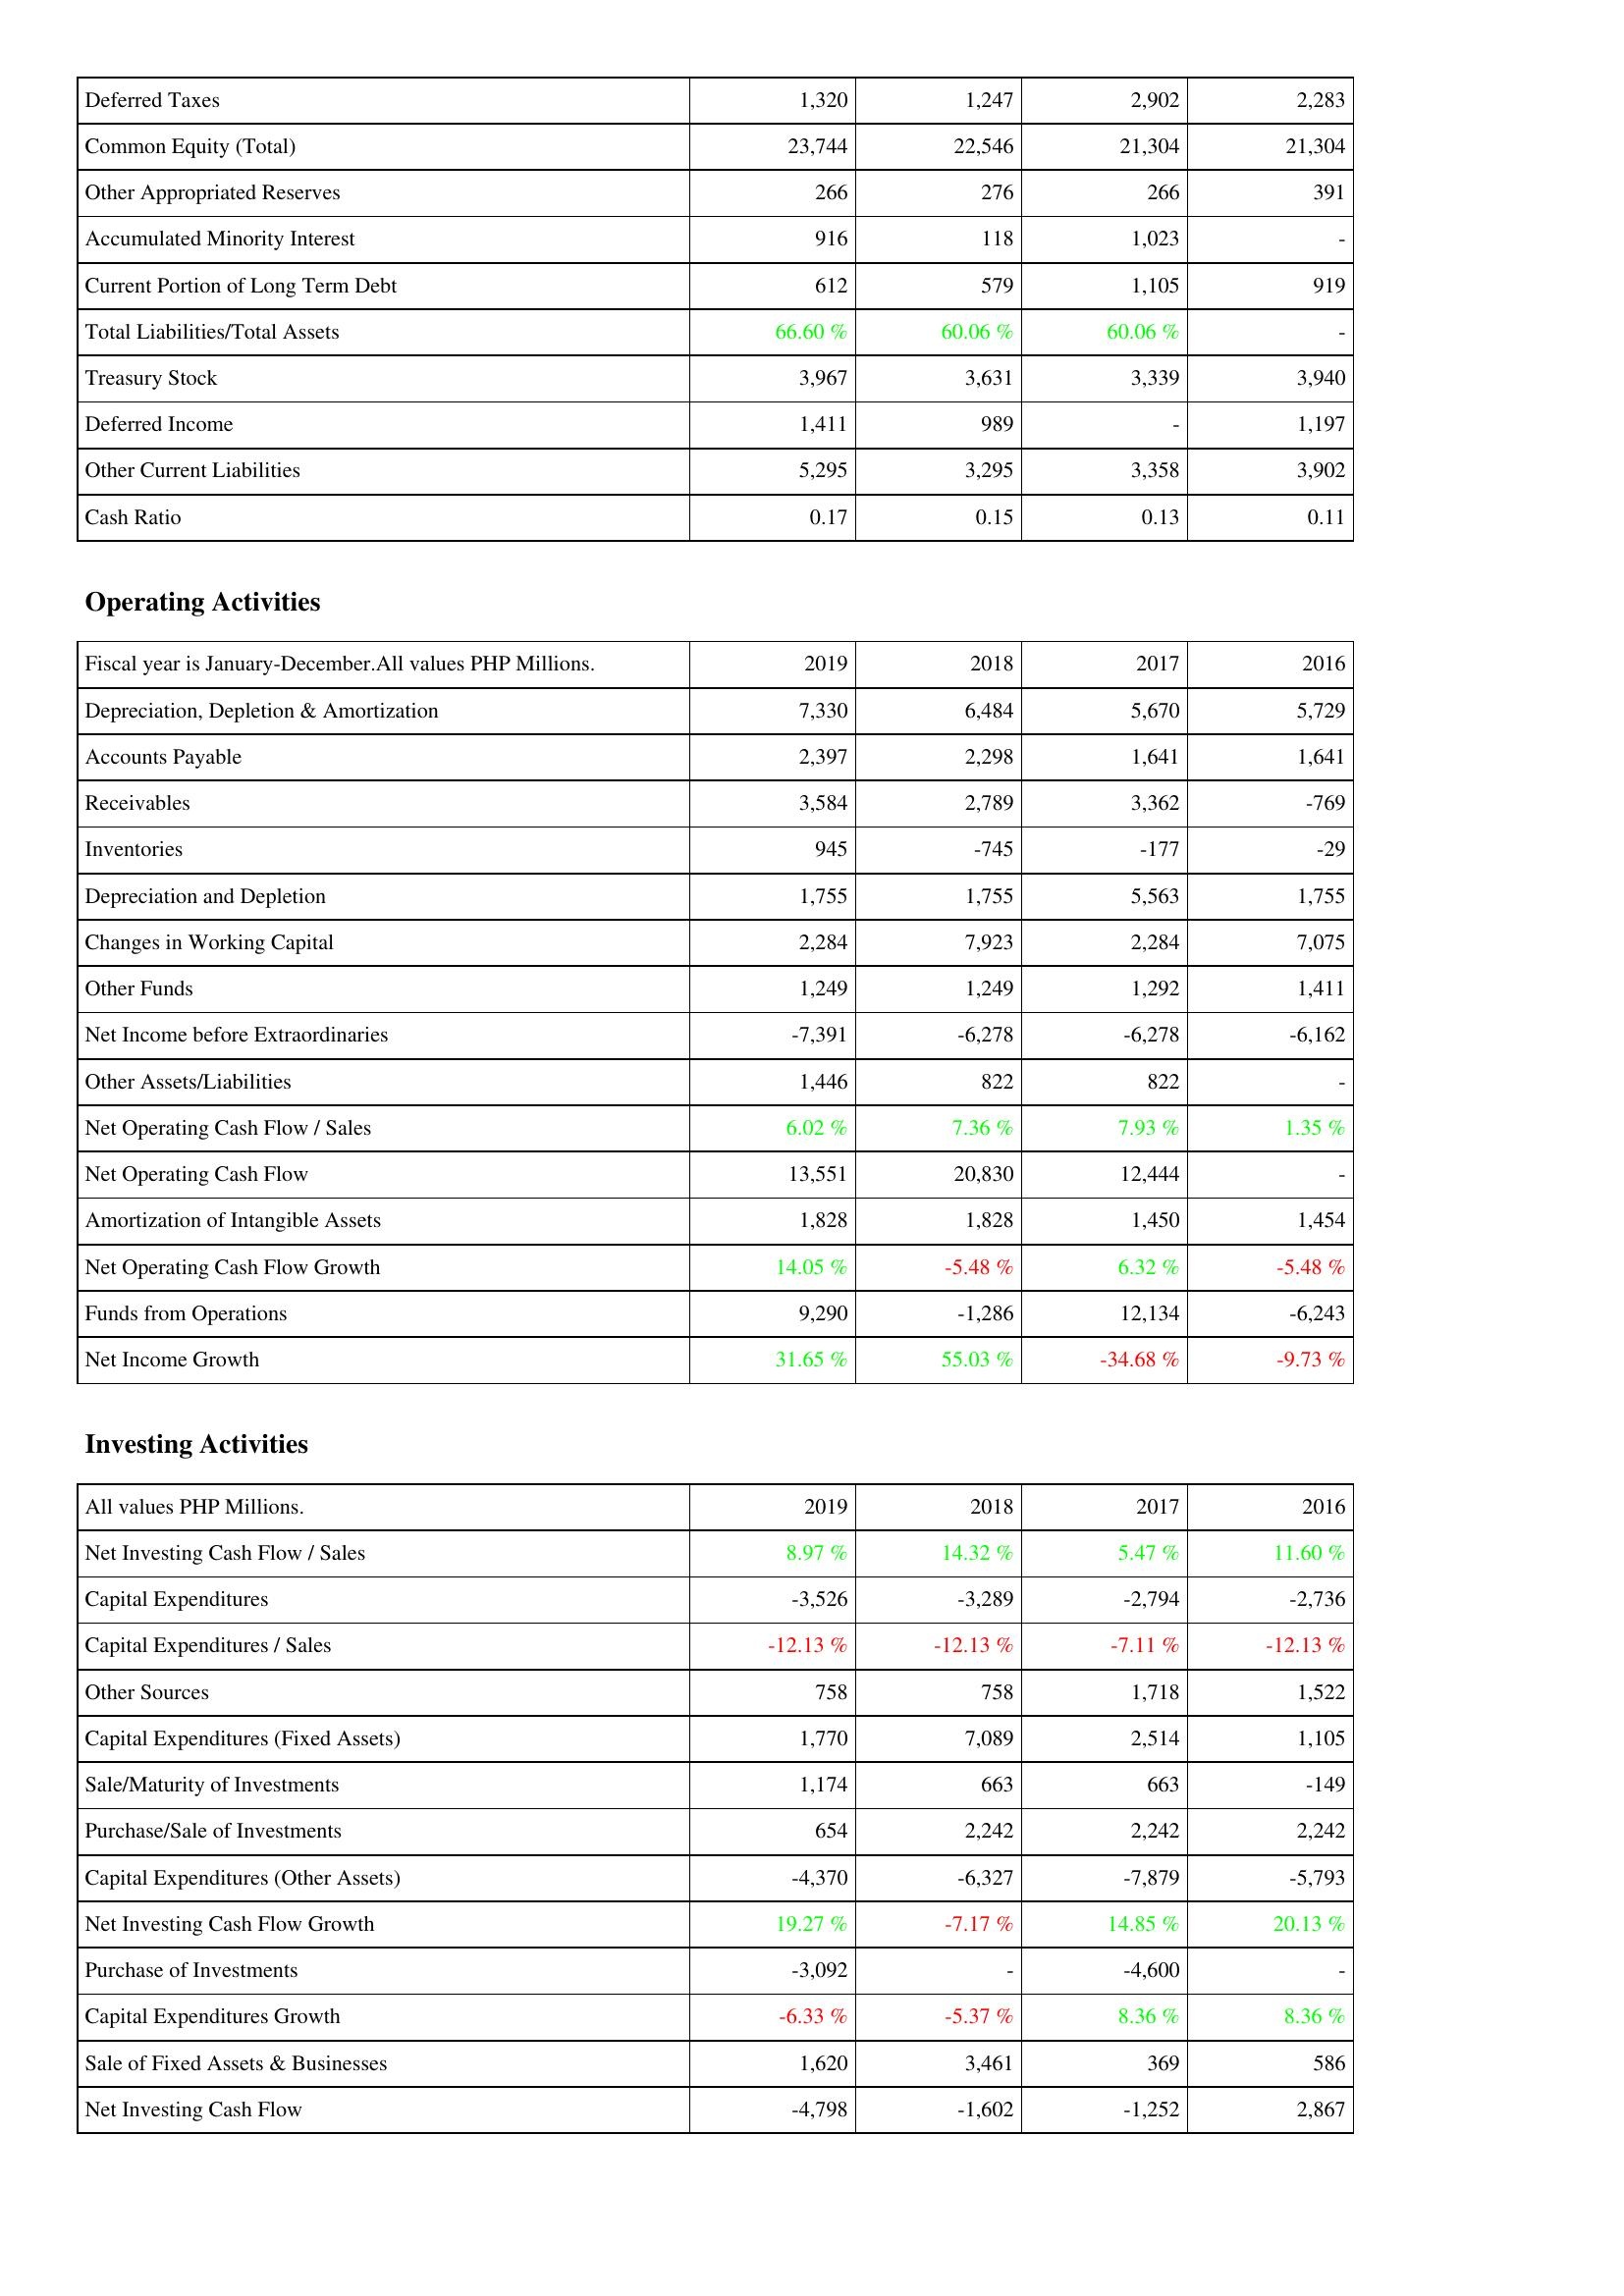
2019: Liabilities & Shareholders' Equity: Deferred Taxes: 1,320
Common Equity (Total): 23,744
Other Appropriated Reserves: 266
Accumulated Minority Interest: 916
Current Portion of Long Term Debt: 612
Total Liabilities/Total Assets: 66.60 %
Treasury Stock: 3,967
Deferred Income: 1,411
Other Current Liabilities: 5,295
Cash Ratio: 0.17
Operating Activities: Depreciation, Depletion & Amortization: 7,330
Accounts Payable: 2,397
Receivables: 3,584
Inventories: 945
Depreciation and Depletion: 1,755
Changes in Working Capital: 2,284
Other Funds: 1,249
Net Income before Extraordinaries: -7,391
Other Assets/Liabilities: 1,446
Net Operating Cash Flow / Sales: 6.02 %
Net Operating Cash Flow: 13,551
Amortization of Intangible Assets: 1,828
Net Operating Cash Flow Growth: 14.05 %
Funds from Operations: 9,290
Net Income Growth: 31.65 %
Investing Activities: Net Investing Cash Flow / Sales: 8.97 %
Capital Expenditures: -3,526
Capital Expenditures / Sales: -12.13 %
Other Sources: 758
Capital Expenditures (Fixed Assets): 1,770
Sale/Maturity of Investments: 1,174
Purchase/Sale of Investments: 654
Capital Expenditures (Other Assets): -4,370
Net Investing Cash Flow Growth: 19.27 %
Purchase of Investments: -3,092
Capital Expenditures Growth: -6.33 %
Sale of Fixed Assets & Businesses: 1,620
Net Investing Cash Flow: -4,798
2018: Liabilities & Shareholders' Equity: Deferred Taxes: 1,247
Common Equity (Total): 22,546
Other Appropriated Reserves: 276
Accumulated Minority Interest: 118
Current Portion of Long Term Debt: 579
Total Liabilities/Total Assets: 60.06 %
Treasury Stock: 3,631
Deferred Income: 989
Other Current Liabilities: 3,295
Cash Ratio: 0.15
Operating Activities: Depreciation, Depletion & Amortization: 6,484
Accounts Payable: 2,298
Receivables: 2,789
Inventories: -745
Depreciation and Depletion: 1,755
Changes in Working Capital: 7,923
Other Funds: 1,249
Net Income before Extraordinaries: -6,278
Other Assets/Liabilities: 822
Net Operating Cash Flow / Sales: 7.36 %
Net Operating Cash Flow: 20,830
Amortization of Intangible Assets: 1,828
Net Operating Cash Flow Growth: -5.48 %
Funds from Operations: -1,286
Net Income Growth: 55.03 %
Investing Activities: Net Investing Cash Flow / Sales: 14.32 %
Capital Expenditures: -3,289
Capital Expenditures / Sales: -12.13 %
Other Sources: 758
Capital Expenditures (Fixed Assets): 7,089
Sale/Maturity of Investments: 663
Purchase/Sale of Investments: 2,242
Capital Expenditures (Other Assets): -6,327
Net Investing Cash Flow Growth: -7.17 %
Purchase of Investments: -
Capital Expenditures Growth: -5.37 %
Sale of Fixed Assets & Businesses: 3,461
Net Investing Cash Flow: -1,602
2017: Liabilities & Shareholders' Equity: Deferred Taxes: 2,902
Common Equity (Total): 21,304
Other Appropriated Reserves: 266
Accumulated Minority Interest: 1,023
Current Portion of Long Term Debt: 1,105
Total Liabilities/Total Assets: 60.06 %
Treasury Stock: 3,339
Deferred Income: -
Other Current Liabilities: 3,358
Cash Ratio: 0.13
Operating Activities: Depreciation, Depletion & Amortization: 5,670
Accounts Payable: 1,641
Receivables: 3,362
Inventories: -177
Depreciation and Depletion: 5,563
Changes in Working Capital: 2,284
Other Funds: 1,292
Net Income before Extraordinaries: -6,278
Other Assets/Liabilities: 822
Net Operating Cash Flow / Sales: 7.93 %
Net Operating Cash Flow: 12,444
Amortization of Intangible Assets: 1,450
Net Operating Cash Flow Growth: 6.32 %
Funds from Operations: 12,134
Net Income Growth: -34.68 %
Investing Activities: Net Investing Cash Flow / Sales: 5.47 %
Capital Expenditures: -2,794
Capital Expenditures / Sales: -7.11 %
Other Sources: 1,718
Capital Expenditures (Fixed Assets): 2,514
Sale/Maturity of Investments: 663
Purchase/Sale of Investments: 2,242
Capital Expenditures (Other Assets): -7,879
Net Investing Cash Flow Growth: 14.85 %
Purchase of Investments: -4,600
Capital Expenditures Growth: 8.36 %
Sale of Fixed Assets & Businesses: 369
Net Investing Cash Flow: -1,252
2016: Liabilities & Shareholders' Equity: Deferred Taxes: 2,283
Common Equity (Total): 21,304
Other Appropriated Reserves: 391
Accumulated Minority Interest: -
Current Portion of Long Term Debt: 919
Total Liabilities/Total Assets: -
Treasury Stock: 3,940
Deferred Income: 1,197
Other Current Liabilities: 3,902
Cash Ratio: 0.11
Operating Activities: Depreciation, Depletion & Amortization: 5,729
Accounts Payable: 1,641
Receivables: -769
Inventories: -29
Depreciation and Depletion: 1,755
Changes in Working Capital: 7,075
Other Funds: 1,411
Net Income before Extraordinaries: -6,162
Other Assets/Liabilities: -
Net Operating Cash Flow / Sales: 1.35 %
Net Operating Cash Flow: -
Amortization of Intangible Assets: 1,454
Net Operating Cash Flow Growth: -5.48 %
Funds from Operations: -6,243
Net Income Growth: -9.73 %
Investing Activities: Net Investing Cash Flow / Sales: 11.60 %
Capital Expenditures: -2,736
Capital Expenditures / Sales: -12.13 %
Other Sources: 1,522
Capital Expenditures (Fixed Assets): 1,105
Sale/Maturity of Investments: -149
Purchase/Sale of Investments: 2,242
Capital Expenditures (Other Assets): -5,793
Net Investing Cash Flow Growth: 20.13 %
Purchase of Investments: -
Capital Expenditures Growth: 8.36 %
Sale of Fixed Assets & Businesses: 586
Net Investing Cash Flow: 2,867